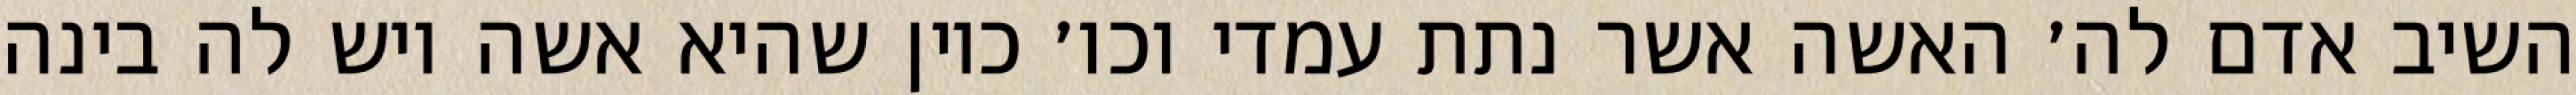
השיב אדם לה׳ האשה אשר נתת עמדי וכו׳ כיון שהיא אשה ויש לה בינה